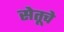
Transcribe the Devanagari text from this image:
सेतूचे